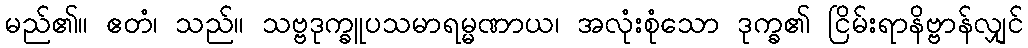
မည်၏။ ဧတံ၊ သည်။ သဗ္ဗဒုက္ခူပသမာရမ္မဏာယ၊ အလုံးစုံသော ဒုက္ခ၏ ငြိမ်းရာနိဗ္ဗာန်လျှင်